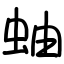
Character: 蚰